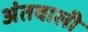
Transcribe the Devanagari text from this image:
अंतवाली